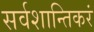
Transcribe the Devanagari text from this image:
सर्वशान्तिकरं